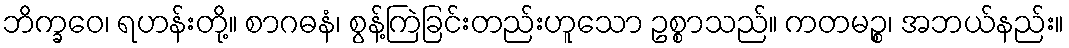
ဘိက္ခဝေ၊ ရဟန်းတို့။ စာဂဓနံ၊ စွန့်ကြဲခြင်းတည်းဟူသော ဥစ္စာသည်။ ကတမဉ္စ၊ အဘယ်နည်း။